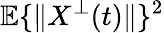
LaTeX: \mathbb{E}\{ \| X^{\bot}(t)\| \} ^{2}